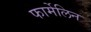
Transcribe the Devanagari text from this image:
फार्मेलिन